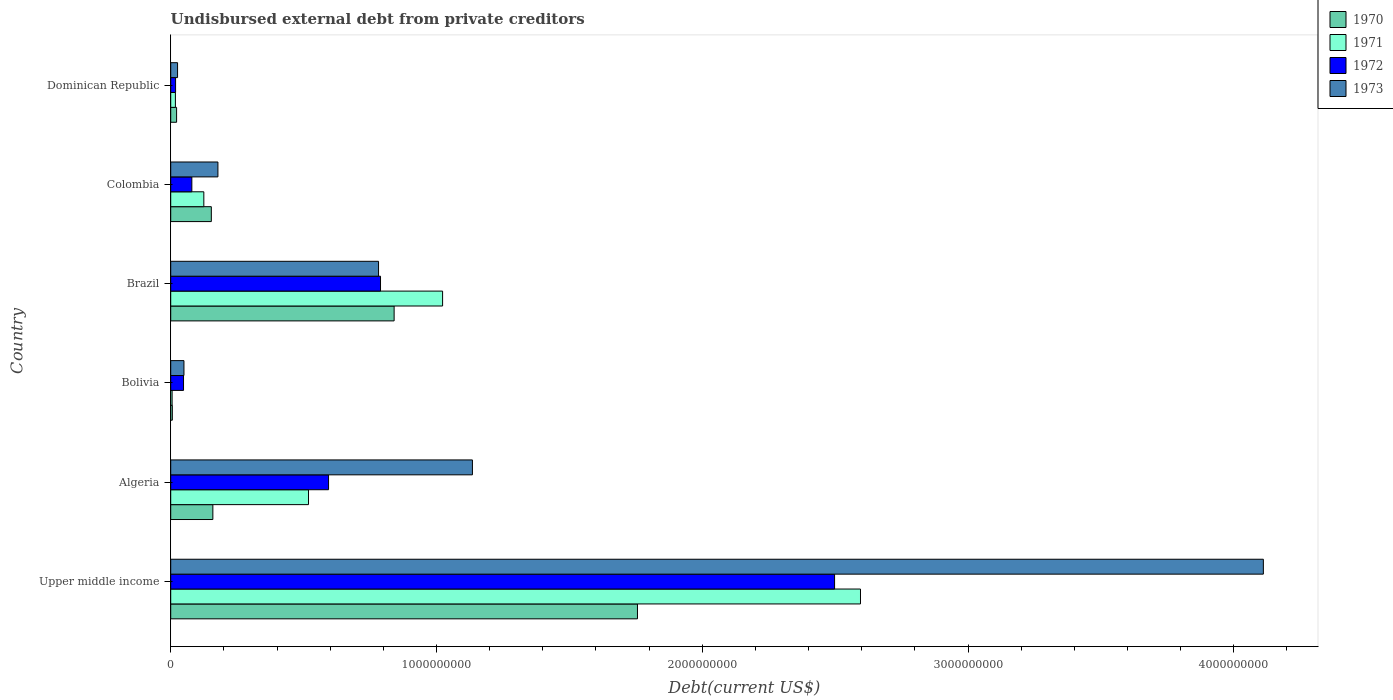
| Country | 1970 | 1971 | 1972 | 1973 |
 | --- | --- | --- | --- | --- |
 | Upper middle income | 1.76e+09 | 2.6e+09 | 2.5e+09 | 4.11e+09 |
 | Algeria | 1.59e+08 | 5.18e+08 | 5.94e+08 | 1.14e+09 |
 | Bolivia | 6.05e+06 | 5.25e+06 | 4.82e+07 | 4.98e+07 |
 | Brazil | 8.41e+08 | 1.02e+09 | 7.89e+08 | 7.82e+08 |
 | Colombia | 1.53e+08 | 1.25e+08 | 7.95e+07 | 1.78e+08 |
 | Dominican Republic | 2.21e+07 | 1.76e+07 | 1.83e+07 | 2.58e+07 |